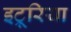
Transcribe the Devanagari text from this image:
इट्रूरिया